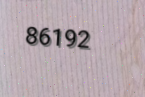
86192